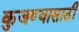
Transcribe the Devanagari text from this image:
कुजण्यासाठी